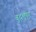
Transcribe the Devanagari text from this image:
बुद्धभुषण